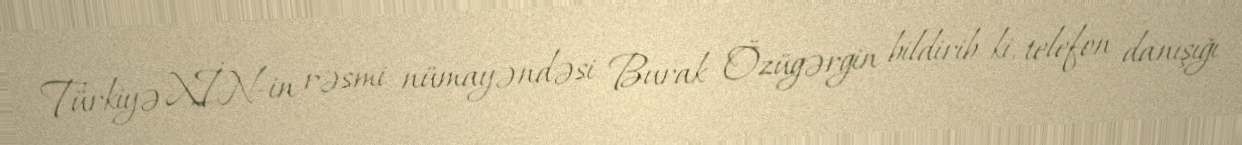
Türkiyə XİN-in rəsmi nümayəndəsi Burak Özügərgin bildirib ki, telefon danışığı